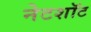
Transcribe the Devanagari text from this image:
नेटशॉट